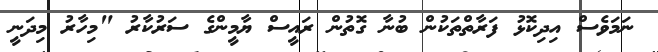
ނަމަވެސް އިދިކޮޅު ފަރާތްތަކުން ބުނާ ގޮތުން ރައީސް ޔާމީންގެ ސަރުކާރު "މިހާރު މިދަނީ